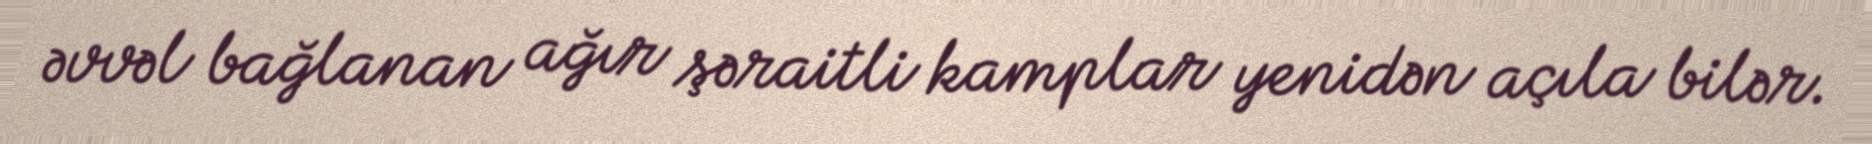
əvvəl bağlanan ağır şəraitli kamplar yenidən açıla bilər.